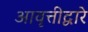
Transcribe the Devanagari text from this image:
आवृत्तीद्वारे